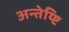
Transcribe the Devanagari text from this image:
अन्तेय्ष्टि